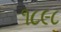
૧૮૯૮